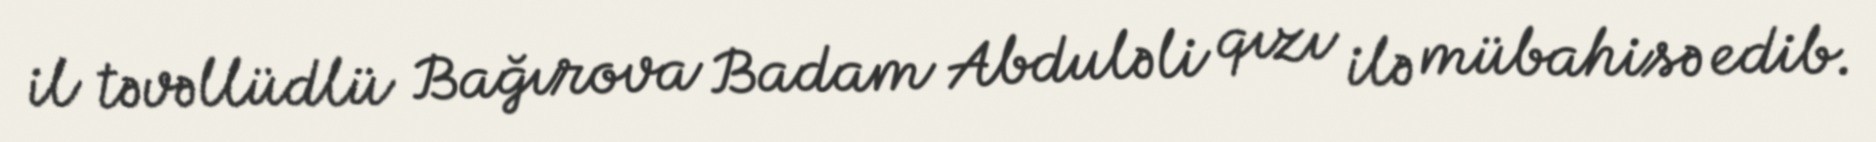
il təvəllüdlü Bağırova Badam Abduləli qızı ilə mübahisə edib.